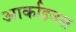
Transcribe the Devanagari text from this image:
आर्काइवस